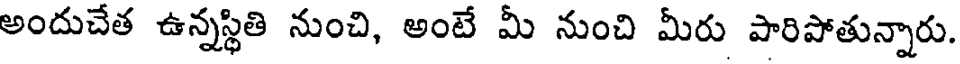
అందుచేత ఉన్నస్థితి నుంచి, అంటే మీ నుంచి మీరు పారిపోతున్నారు.